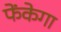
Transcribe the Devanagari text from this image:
फेंकेगा